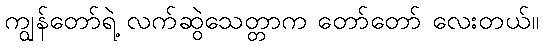
ကျွန်တော်ရဲ့ လက်ဆွဲသေတ္တာက တော်တော် လေးတယ်။